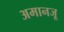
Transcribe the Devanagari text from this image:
अमानजू